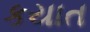
કયાત